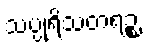
သပ္ပုရိသတရဉ္စ